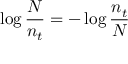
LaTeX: \log { \frac { N } { n _ { t } } } = - \log { \frac { n _ { t } } { N } }